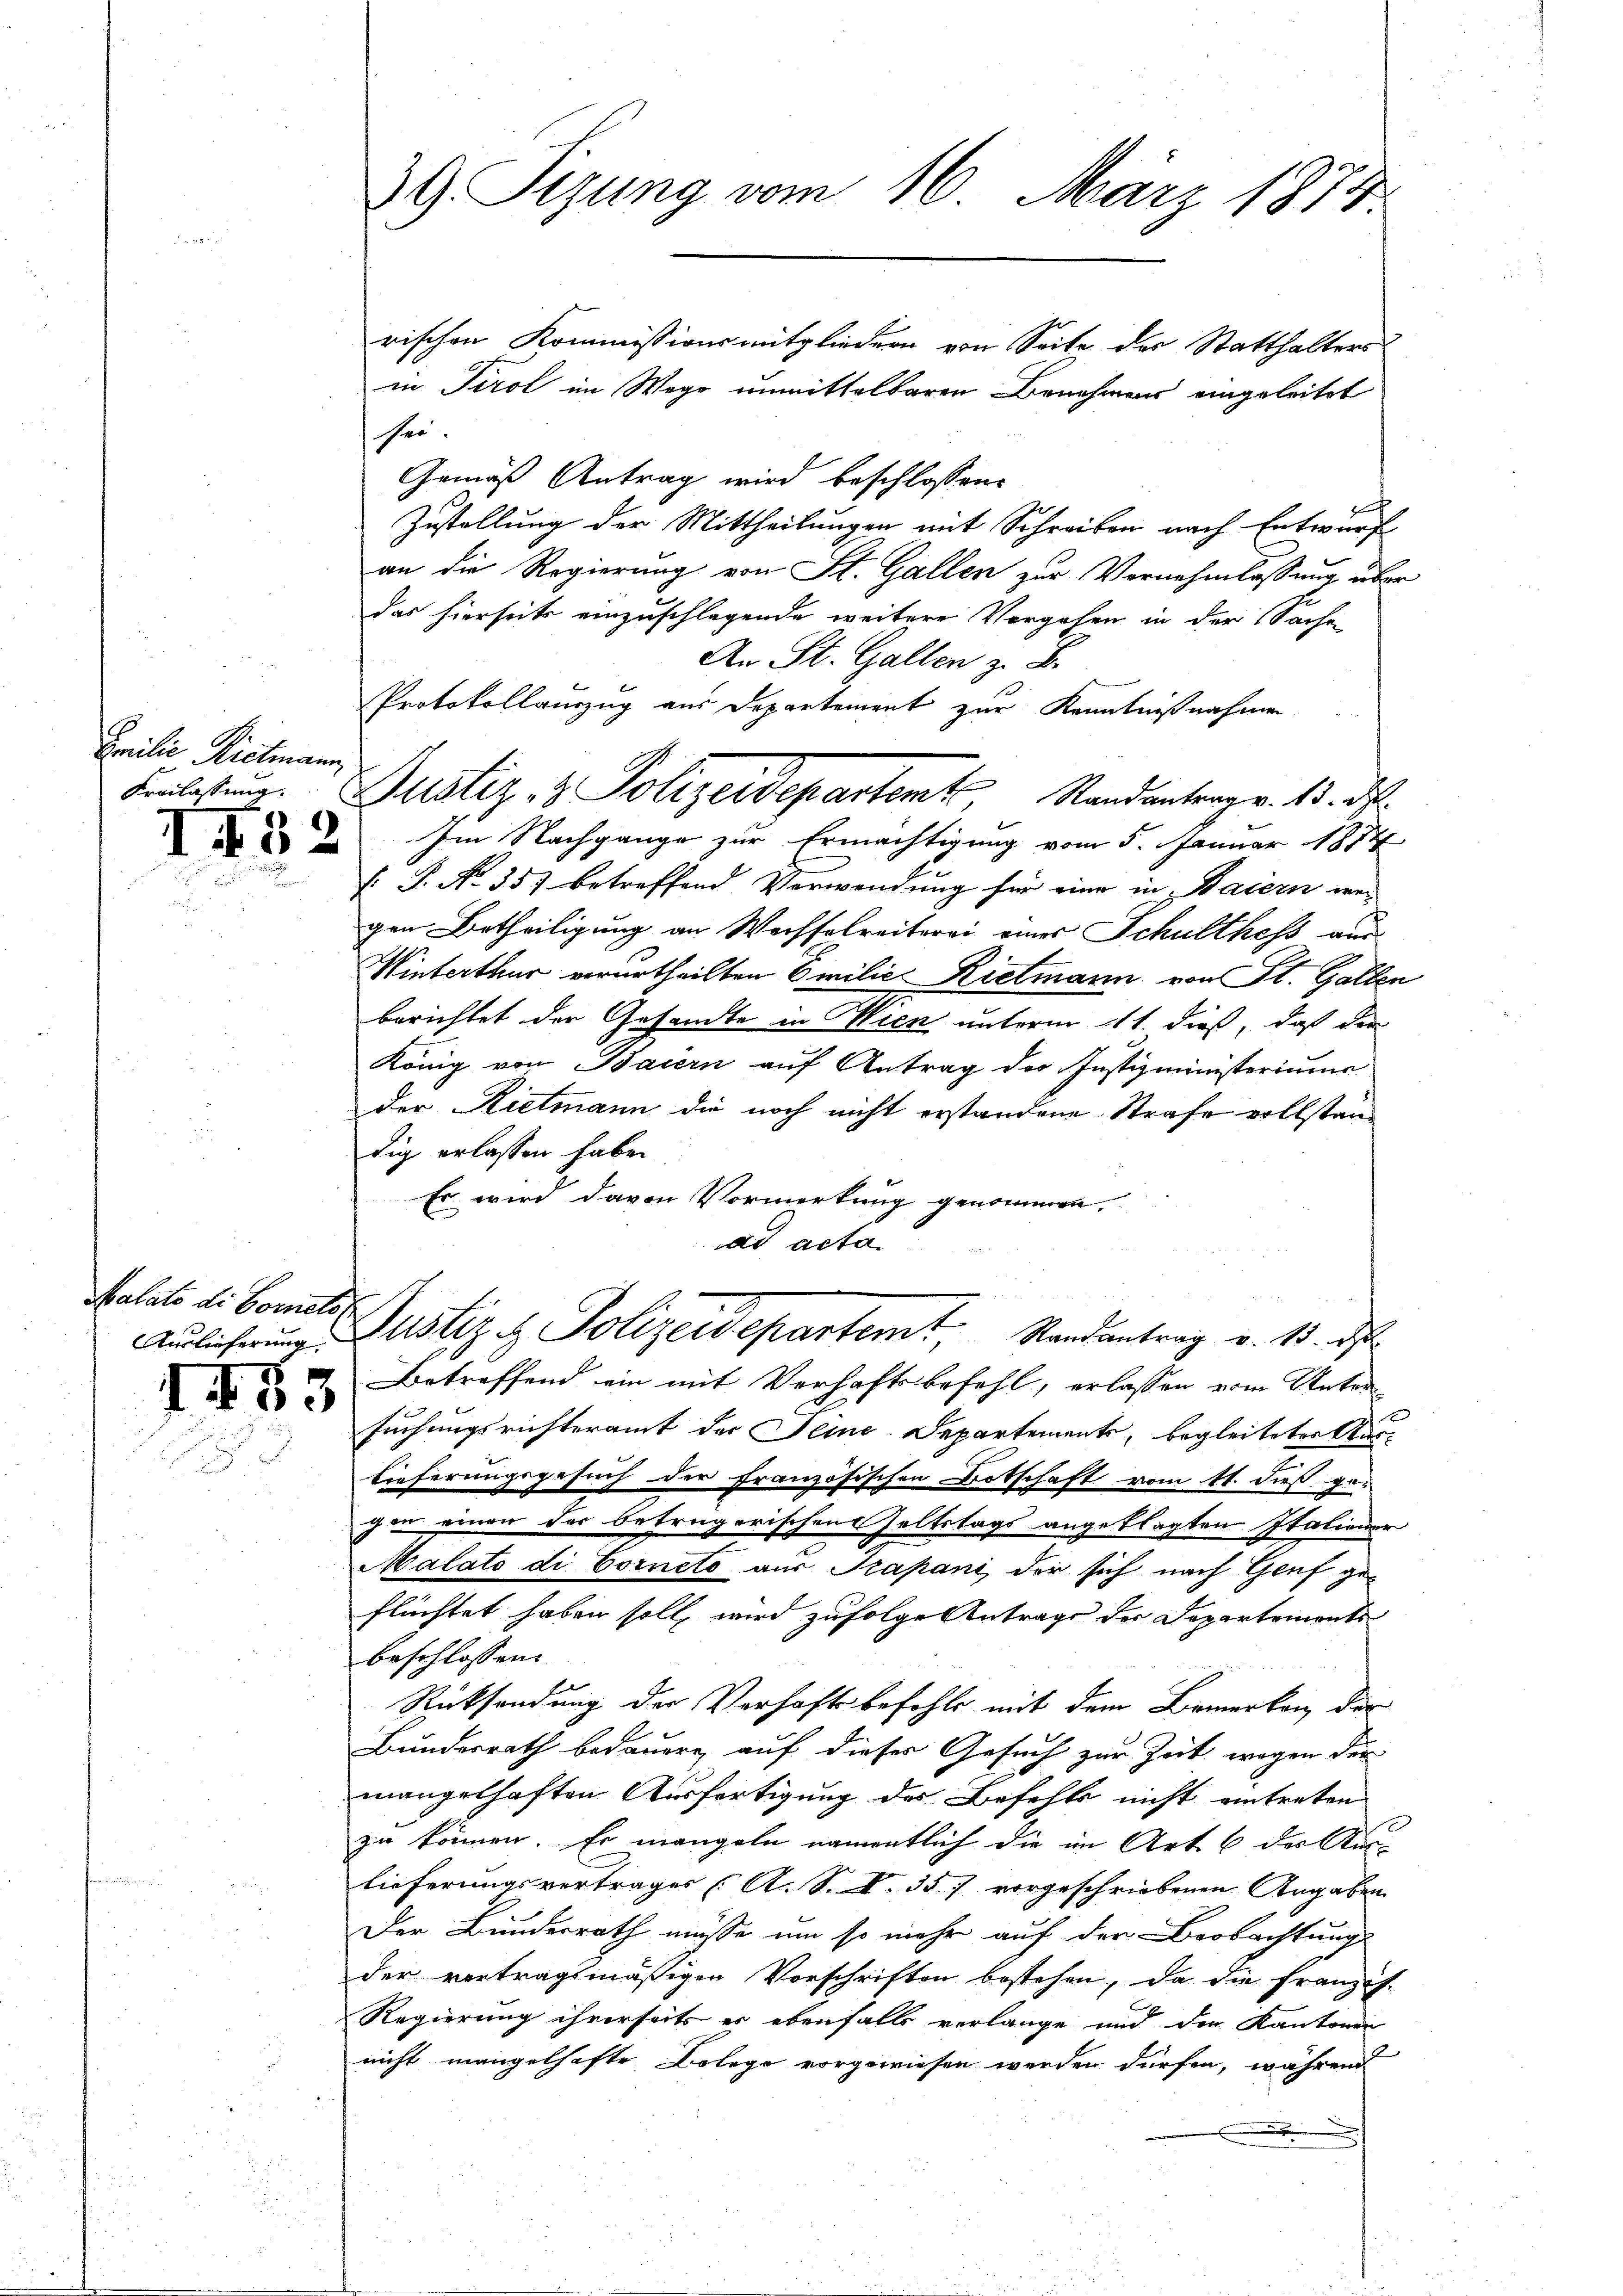
fanten Kammen,

¬

52

Auslieferung.

I33

39. Sizung vom 16. März 1874.

rischen Kommissionsmitgliedern von Seite des Statthalters
in Tirol im Wege unmittelbaren Benehmens eingeleitet
sei.
Gemäß Antrag wird beschlossene
d
Zustellung der Mittheilungen mit Schreiben nach Entwurf
an die Regierung von St. Gallen zur Vernehmlassung über
das hierseits einzuschlagende weitere Vorgehen in der Sachen
An St. Gallen z. B.
Protokollauszug aus Departement zur Kenntnißnahmen
Im Nachgange zur Ermächtigung vom 5. Januar 1874
: P. No. 357 betreffend Verwendung für eine in Baiern wei
gen Urtheiligung an Wechselreiterei eines Schulthess aus
Winterthur verurtheilten Emilie Rietmann von St. Gallen
berichtet der Gesandte in Wien unterm 11t. dieß, daß der
König von Baiern auf Antrag der Justizministeriums
der Rietmann die noch nicht erstandene Strafe vollstandig erlassen haben.
Es wird davon Vormerkung genommen.
dd acta
Kalato di Bonats Justiz & Polizeidepartemt, Randantrag v. 15. d
Betreffend ein mit Verhaftsbefehl, erlassen vom Unter
suchungsrichteramt der Seine. Departements, begleiteter Auslieferungsgesuch der Französischen Botschaft vom 11. dieß gegan einen der betrügerischen Geltstags angeklagten Italiener
Malato di Corneto aus Papani, der sich nach Graf geflüchtet haben soll, wird zufolge Antrage der Departements
beschlossen:
Rücksendung der Verhaftsbefohle mit dem Bemerken der
Bundesrath bedauern, auf dieses Gesuch zur Zeit wegen der
mangelhaften Ausfertigung des Befehls nicht eintreten
zu können. Er mangeln namentlich die im Art 6 der Au
lieferungsvertrages (A. S. S. 357 vorgeschriebenen Angaben
Der Bundesrath müsse um so mehr auf der Beobachtung
der vertragsmäßigen Vorschriften bestehen, da die Franzis¬
Regierung ihrerseits er ebenfalls verlange und der Kantonen
nicht mangelhafte Belege vorgewiesen werden dürfen, während

Frilister. Justiz & Polizeidepartent, Randantrag v. 13. ds.